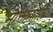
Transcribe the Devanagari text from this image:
मुक्तिप्राप्ति